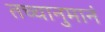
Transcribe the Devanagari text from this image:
तच्चानुमानं